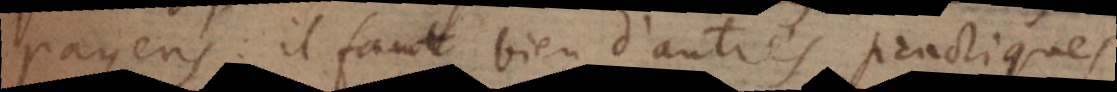
payens: il faut bien d’autres practiques